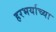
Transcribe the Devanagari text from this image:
हरभर्याच्या